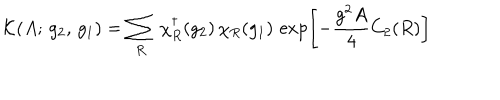
\mathcal { K } ( A ; \, g _ { 2 } , \, g _ { 1 } ) = \sum _ { R } \, \chi _ { R } ^ { \dagger } ( g _ { 2 } ) \, \chi _ { R } ( g _ { 1 } ) \, \exp \left[ - \frac { g ^ { 2 } A } { 4 } C _ { 2 } ( R ) \right]